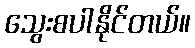
သွေးစပါနိုင်တယ်။